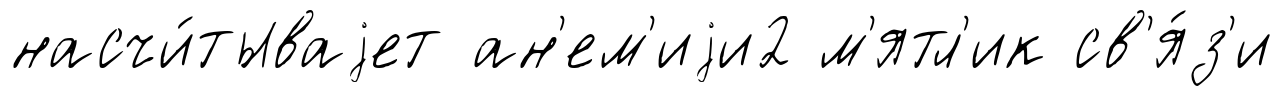
насчи́тываjет ан'ем'иjи2 м'ятл'ик св'я́з'и